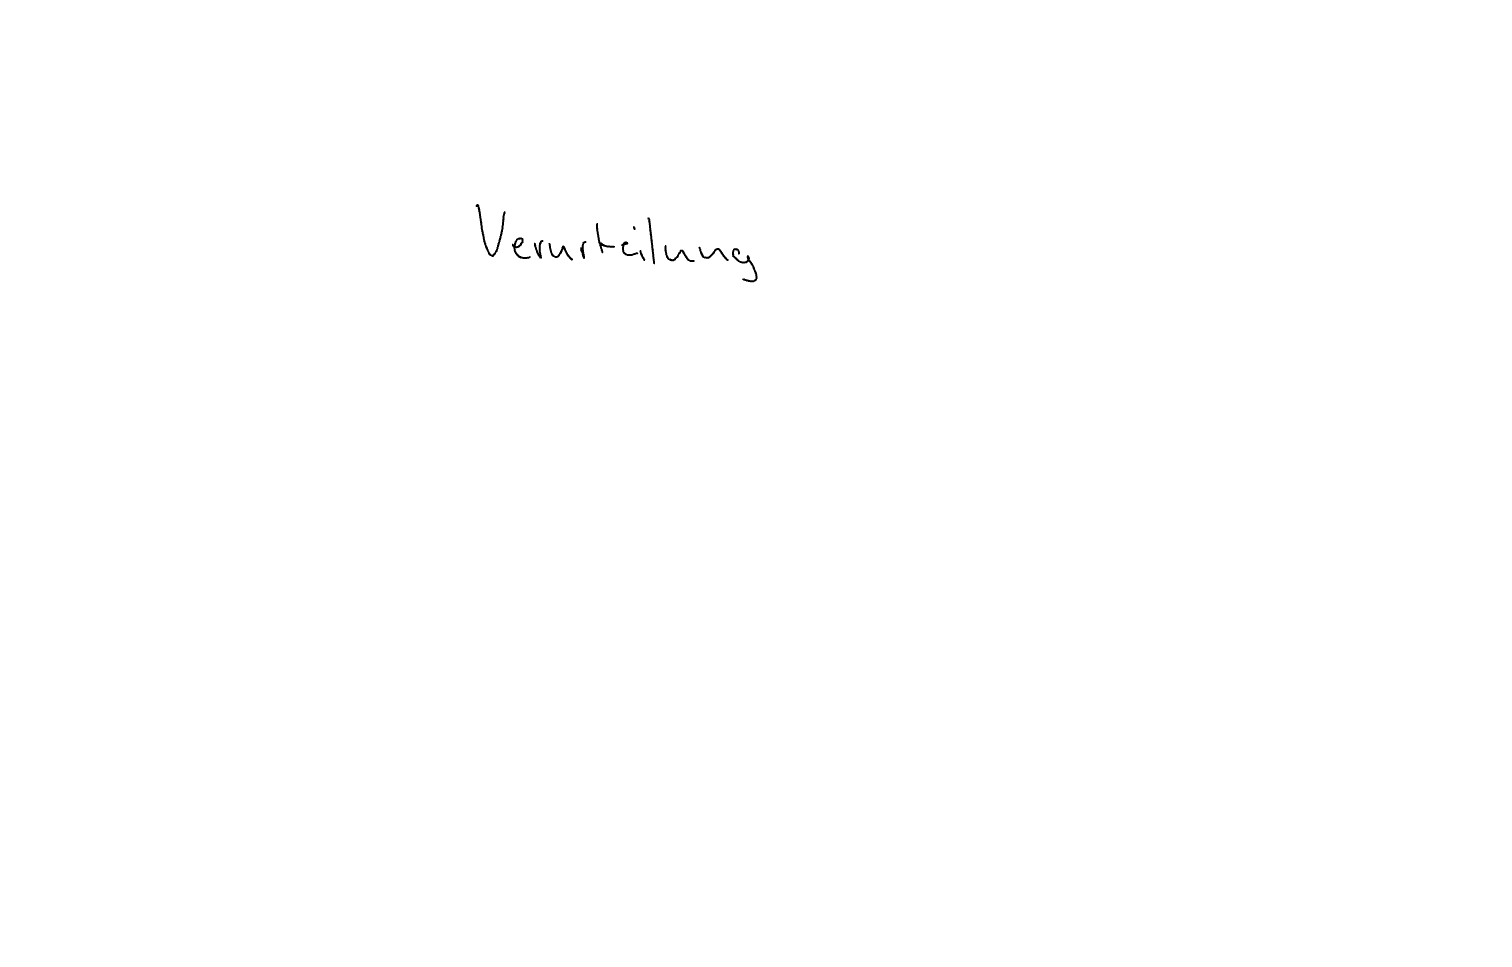
Text: Verurteilung